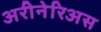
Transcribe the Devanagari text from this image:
अरीनेरिअस